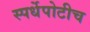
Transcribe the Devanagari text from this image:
स्पर्धेपोटीच